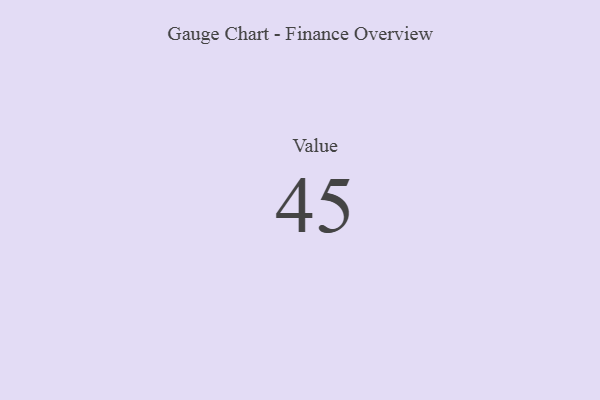
{"axis": {"x": "Metric", "y": "Value"}, "legend": [""], "data": [{"x": "Value", "y": 45, "type": ""}]}